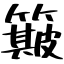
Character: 簸